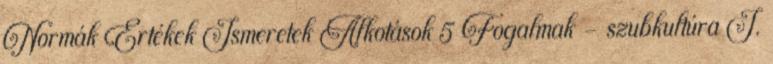
Normák Értékek Ismeretek Alkotások 5 Fogalmak – szubkultúra I.